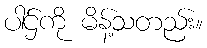
ပါဌ်ကို မိန့်သတည်း။